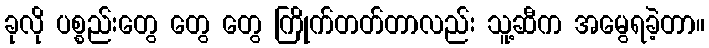
ခုလို ပစ္စည်းတွေ တွေ တွေ ကြိုက်တတ်တာလည်း သူ့ဆီက အမွေရခဲ့တာ။